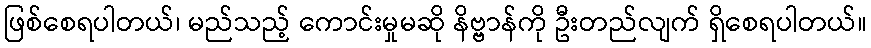
ဖြစ်စေရပါတယ်၊ မည်သည့် ကောင်းမှုမဆို နိဗ္ဗာန်ကို ဦးတည်လျက် ရှိစေရပါတယ်။